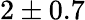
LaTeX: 2\pm 0.7